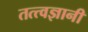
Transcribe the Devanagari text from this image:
तत्त्‍वज्ञानी